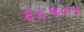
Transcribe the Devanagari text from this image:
६८५०५